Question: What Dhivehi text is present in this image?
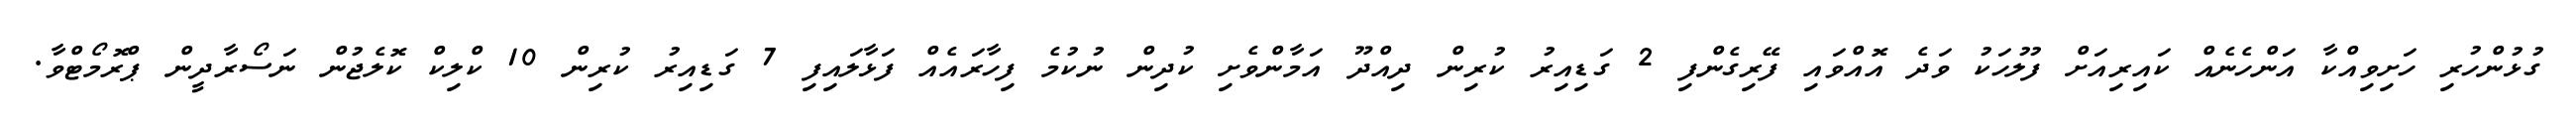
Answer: ގުޅުންހުރި ހަށިވިއްކާ އަންހެނެއް ކައިރިއަށް ފުލުހަކު ވަދެ އޮއްވައި ފޭރިގެންފި 2 ގަޑިއިރު ކުރިން ދިއްދޫ އަމާންވެށި ކުދިން ނުކުމެ ފިހާރައެއް ފަޅާލައިފި 7 ގަޑިއިރު ކުރިން 10 ކްލިކް ކޮލެޖުން ނަސޯރާދީން ޕްރޮމޯޓްވާ.